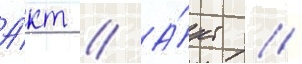
А́кт // А́кт //